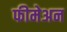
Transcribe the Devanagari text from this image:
फीमेअन